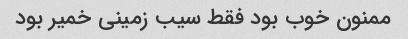
ممنون خوب بود فقط سیب زمینی خمیر بود